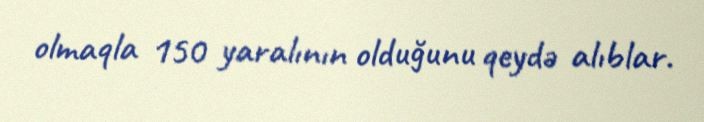
olmaqla 150 yaralının olduğunu qeydə alıblar.